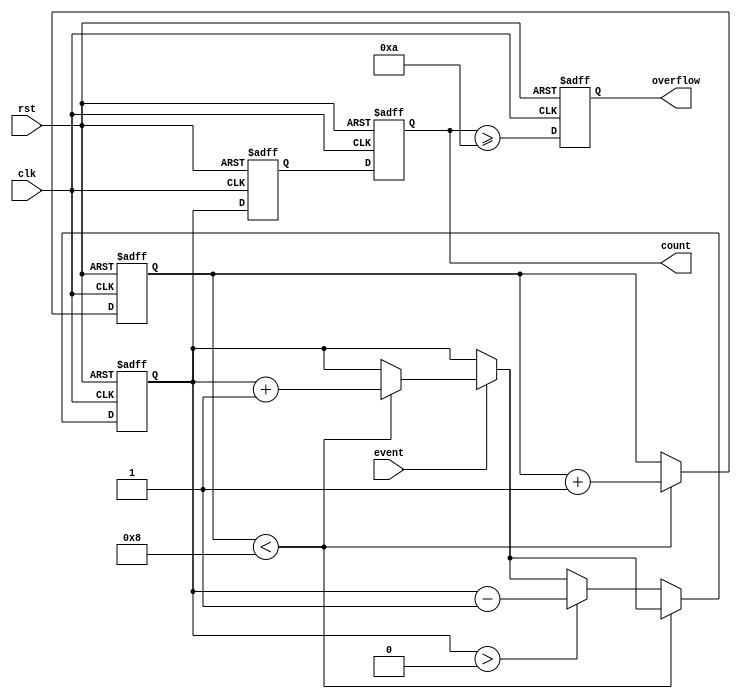
module windowed_counter #(
    parameter MAX_COUNT = 15,         // Maximum count value
    parameter THRESHOLD = 10,          // Threshold for overflow
    parameter WINDOW_SIZE = 8           // Size of the event window
)(
    input wire clk,                    // Clock signal
    input wire rst,                    // Asynchronous reset
    input wire event,                  // Event signal to increment
    output reg [3:0] count,            // Current count (4 bits for MAX_COUNT=15)
    output reg overflow                // Overflow flag
);

    reg [3:0] event_count;             // Internal counter for events
    reg [3:0] window_counter;           // Counter to manage the window size
    reg [3:0] window_events;            // Count of events within the window

    // Asynchronous reset and synchronous counting logic
    always @(posedge clk or posedge rst) begin
        if (rst) begin
            count <= 4'b0;              // Reset count
            event_count <= 4'b0;        // Reset event count
            window_counter <= 4'b0;      // Reset window counter
            window_events <= 4'b0;       // Reset window events
            overflow <= 1'b0;            // Reset overflow flag
        end else begin
            if (event) begin
                if (window_counter < WINDOW_SIZE) begin
                    // Increment the event count if within the window size
                    window_events <= window_events + 1;
                end
            end

            // Manage the sliding window
            if (window_counter < WINDOW_SIZE) begin
                window_counter <= window_counter + 1;
            end else begin
                // Shift out the oldest event if window is full
                if (window_events > 0) begin
                    window_events <= window_events - 1;
                end
            end

            // Update the main count based on events within the window
            event_count <= window_events;

            // Set the count
            count <= event_count;

            // Check for overflow
            overflow <= (count >= THRESHOLD);
        end
    end

endmodule